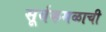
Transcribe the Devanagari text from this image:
सूर्यकमळाची